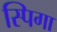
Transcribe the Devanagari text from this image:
स्पिगा